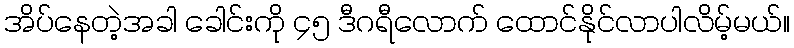
အိပ်နေတဲ့အခါ ခေါင်းကို ၄၅ ဒီဂရီလောက် ထောင်နိုင်လာပါလိမ့်မယ်။